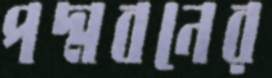
পদ্মবনের